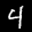
Label: 4